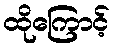
ထိုကြောင့်